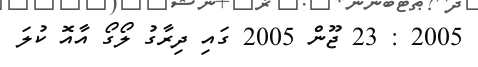
2005 : 23 ޖޫން 2005 ގައި ދިރާގު ލޯގޯ އާއޮ ކުލަ